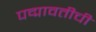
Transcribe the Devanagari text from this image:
पद्मावतीची